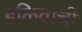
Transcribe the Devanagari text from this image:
हळिवाची